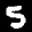
Label: 5